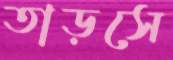
তাড়সে